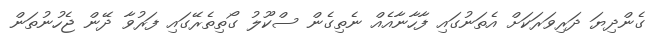
ގެންދިޔަ ދަރިވަރަކަށް އެތަނުގައި ފާހާނާއެއް ނެތިގެން ސްކޫލު ގޯތިތެރޭގައި ފަރުވާ ދޭން ޖެހުނުތަން